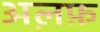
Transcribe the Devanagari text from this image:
अल़फ़